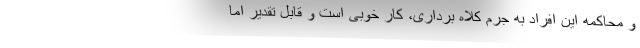
و محاکمه این افراد به جرم کلاه برداری، کار خوبی است و قابل تقدیر اما